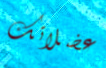
عضلاتك